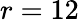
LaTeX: r=12